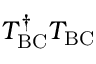
T _ { \mathrm { B C } } ^ { \dagger } T _ { \mathrm { B C } }